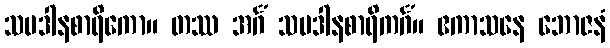
သပဒါနစာရိကော။ တဿ အင်္ဂံ သပဒါနစာရိကင်္ဂံ။ ဧကာသနေ ဘောဇနံ